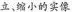
立，缩小的实像